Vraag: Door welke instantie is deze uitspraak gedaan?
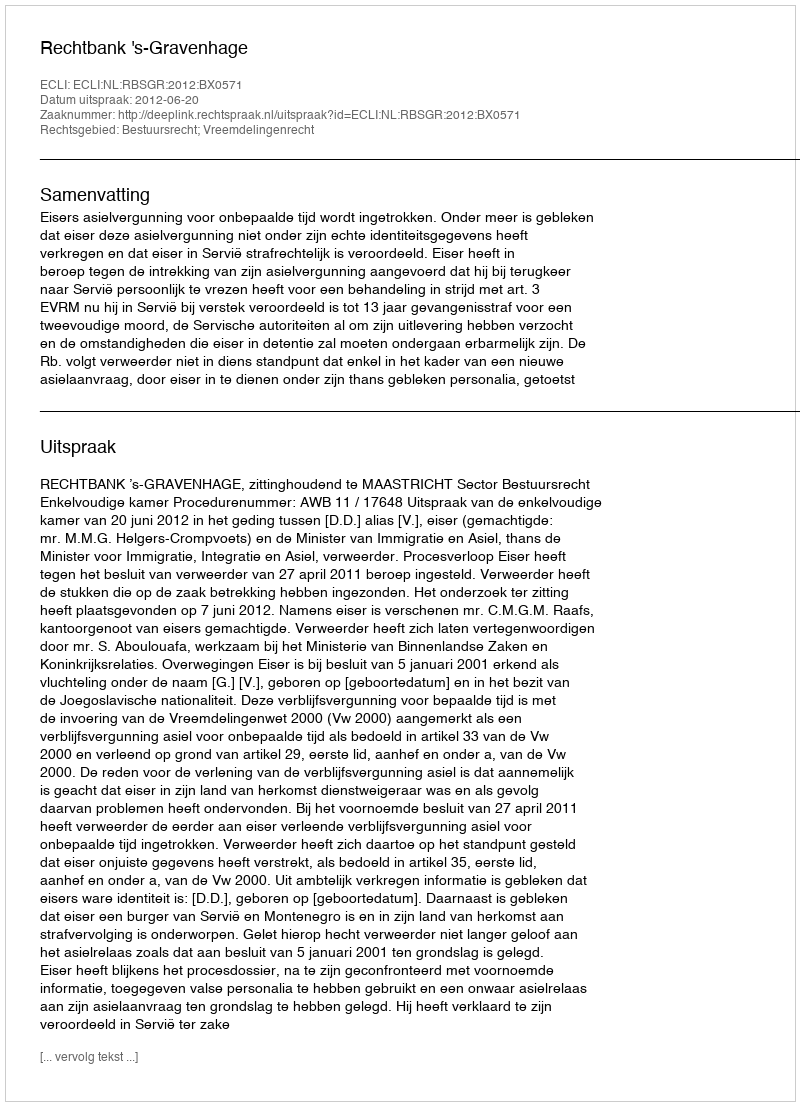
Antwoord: Rechtbank 's-Gravenhage